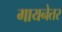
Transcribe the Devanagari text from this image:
गायनेतर